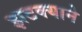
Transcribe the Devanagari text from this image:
झटक्‍याने